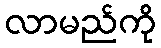
လာမည်ကို